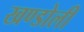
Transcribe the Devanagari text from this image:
खण्डोली